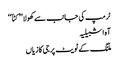
ٹرمپ کی جانب سے کھولا ’’ کٹاّ‘‘
آہ اشبیلیہ
ملنگ کے ٹویٹ پر جی کا زیاں